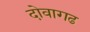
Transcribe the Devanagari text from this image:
दोवागढ